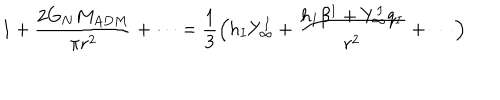
LaTeX: 1 + { \frac { 2 G _ { N } M _ { A D M } } { \pi r ^ { 2 } } } + \cdots = { \frac { 1 } { 3 } } \Big ( h _ { I } Y _ { \infty } ^ { I } + { \frac { h _ { I } \beta ^ { I } + Y _ { \infty } ^ { I } q _ { I } } { r ^ { 2 } } } + \cdots \Big )